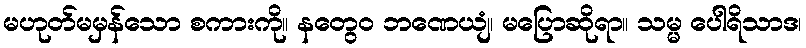
မဟုတ်မမှန်သော စကားကို။ နတွေဝ ဘဏေယျံ၊ မပြောဆိုရာ။ သမ္မ ပေါရိသာဒ၊